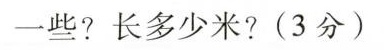
一些?长多少米?(3分)